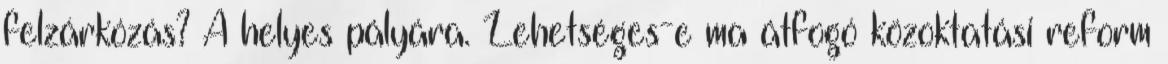
felzárkózás? A helyes pályára. Lehetséges-e ma átfogó közoktatási reform